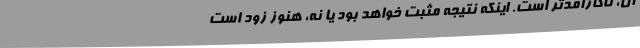
آن، ناکارآمدتر است. اینکه نتیجه مثبت خواهد بود یا نه، هنوز زود است